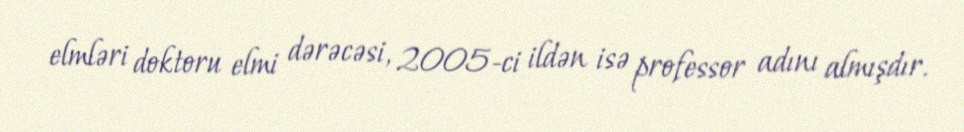
elmləri doktoru elmi dərəcəsi, 2005-ci ildən isə professor adını almışdır.